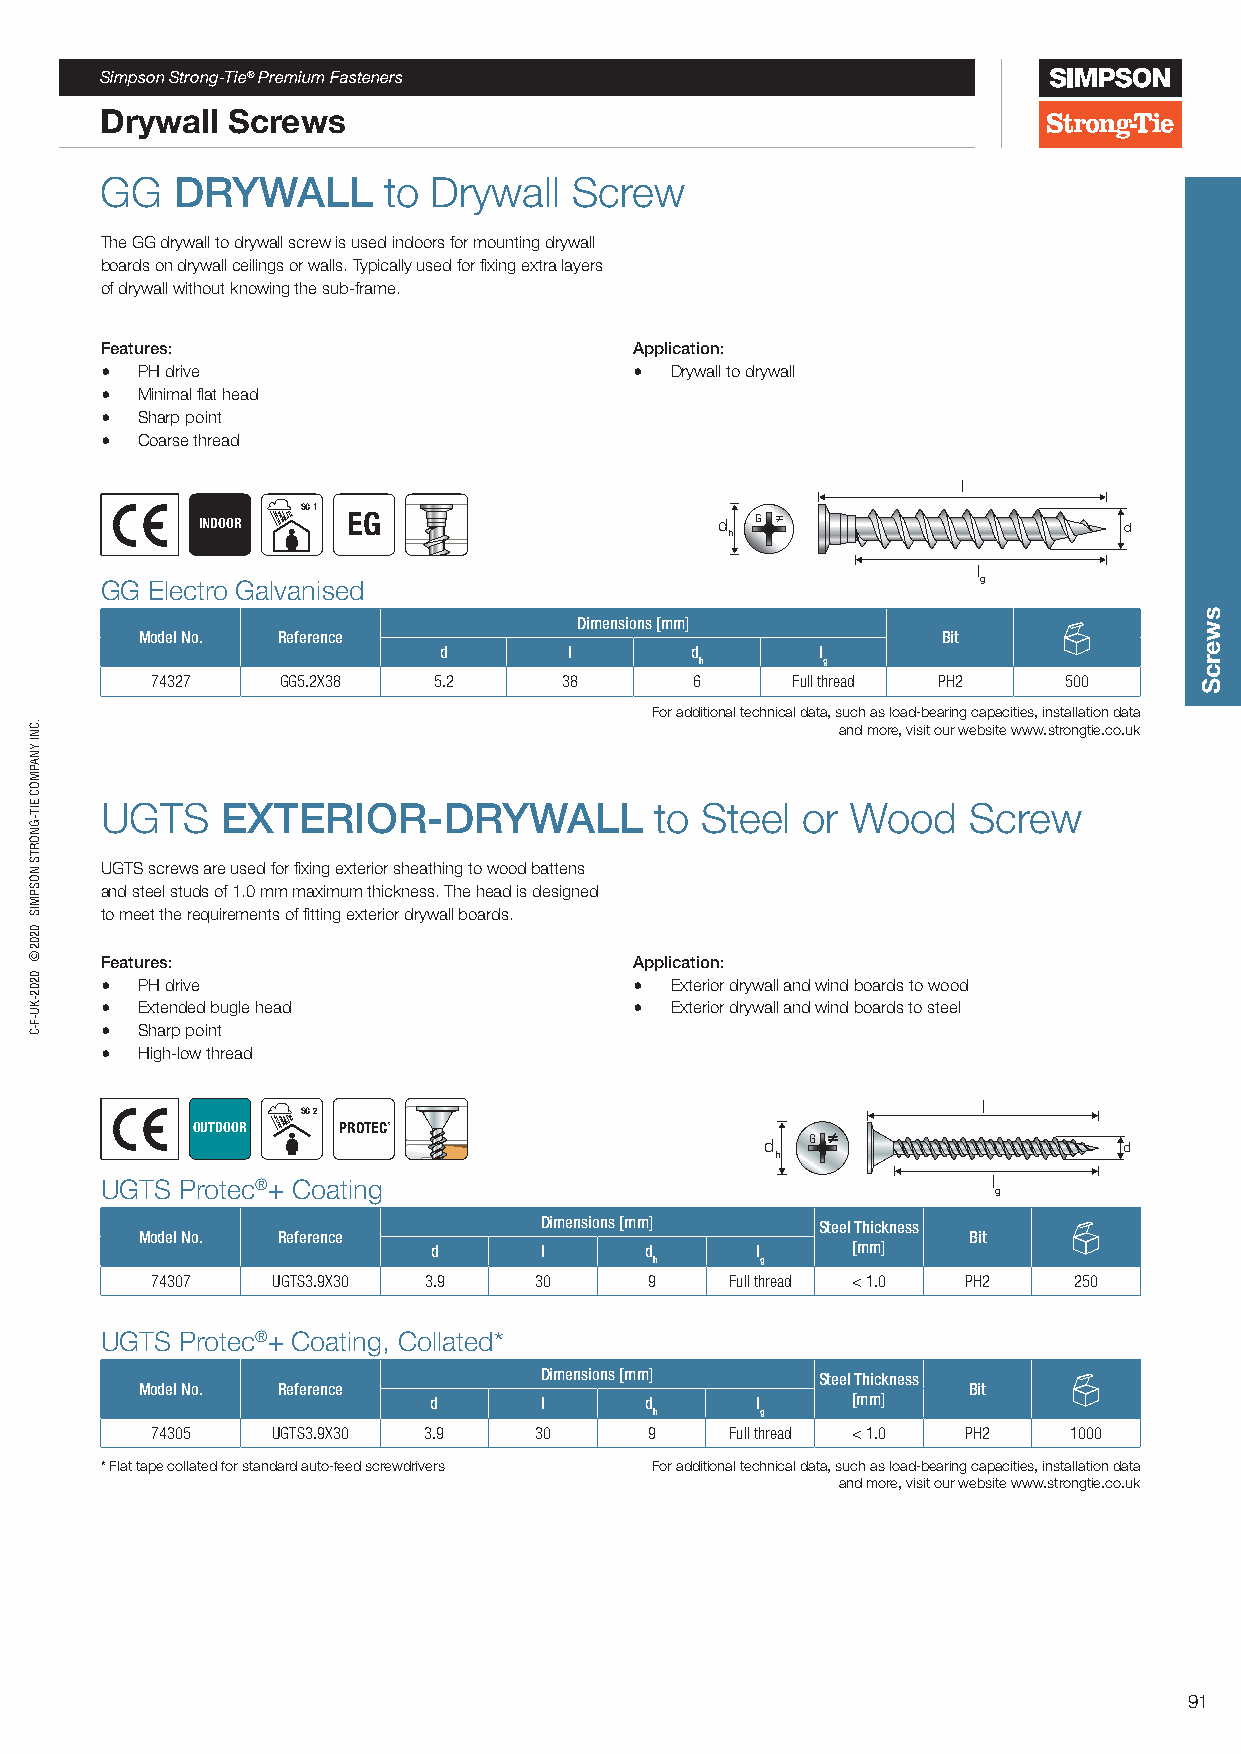
Simpson Strong-Tie® Premium Fasteners
 Drywall Screws
 GG   DRYWALL      to  Drywall  Screw
 The GG drywall to drywall screw is used indoors for mounting drywall
 boards on drywall ceilings or walls. Typically used for fixing extra layers
 of drywall without knowing the sub-frame.
 Features:                          Application:
 • PH drive                         • Drywall to drywall
 • Minimal flat head
 • Sharp point
 • Coarse thread
 l
 SC 1
 INDOOR    EG                       d G                       d
 h
 l
 GG Electro Galvanised                                     g
 Dimensions [mm]
 Model No. Reference                                  Bit
 d        l       d       l
 h       g
 74327   GG5.2X38   5.2     38       6     Full thread PH2   500
 For additional technical data, such as load-bearing capacities, installation data
 and more, visit our website www.strongtie.co.uk
 UGTS    EXTERIOR-DRYWALL            to Steel  or Wood    Screw
 UGTS screws are used for fixing exterior sheathing to wood battens
 and steel studs of 1.0 mm maximum thickness. The head is designed
 to meet the requirements of fitting exterior drywall boards.
 Features:                          Application:
 • PH drive                         • Exterior drywall and wind boards to wood
 • Extended bugle head              • Exterior drywall and wind boards to steel
 • Sharp point
 • High-low thread
 l
 SC 2
 OUTDOOR  PROTEC
 d  G                   d
 h
 UGTS Protec®+ Coating                                      l
 g
 Dimensions [mm]   Steel Thickness
 Model No. Reference                                    Bit
 d       l      d      l     [mm]
 h      g
 74307   UGTS3.9X30 3.9   30      9    Full thread < 1.0 PH2  250
 UGTS Protec®+ Coating, Collated*
 Dimensions [mm]   Steel Thickness
 Model No. Reference                                    Bit
 d       l      d      l     [mm]
 h      g
 74305   UGTS3.9X30 3.9   30      9    Full thread < 1.0 PH2  1000
 * Flat tape collated for standard auto-feed screwdrivers For additional technical data, such as load-bearing capacities, installation data
 and more, visit our website www.strongtie.co.uk
 91
 .CNI
 YNAPMOC
 EIT-GNORTS
 NOSPMIS
 0202©
 0202-KU-F-C
 GG
 G
 GX
 swercS